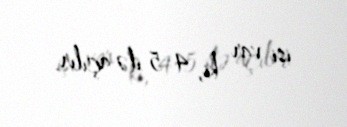
işi var ki, 4-5 ilə açılır.